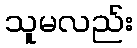
သူမလည်း